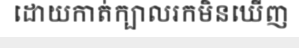
ដោយកាត់ក្បាលរកមិនឃើញ